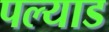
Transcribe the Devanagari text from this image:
पल्याड